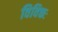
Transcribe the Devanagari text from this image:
विविक्तः